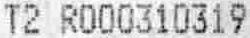
T2 R000310319